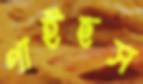
পাইছস